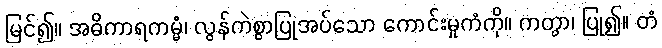
မြင်၍။ အဓိကာရကမ္မံ၊ လွန်ကဲစွာပြုအပ်သော ကောင်းမှုကံကို။ ကတွာ၊ ပြု၍။ တံ